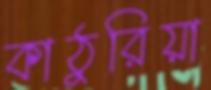
কাঠুরিয়া